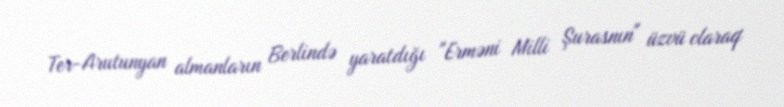
Ter-Arutunyan almanların Berlində yaratdığı "Erməni Milli Şurasnın" üzvü olaraq